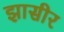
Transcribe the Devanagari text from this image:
झासीर